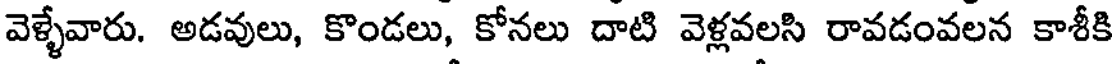
వెళ్ళేవారు. అడవులు, కొండలు, కోనలు దాటి వెళ్లవలసి రావడంవలన కాశీకి